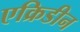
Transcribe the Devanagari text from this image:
एक्रिडीन